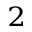
^ 2